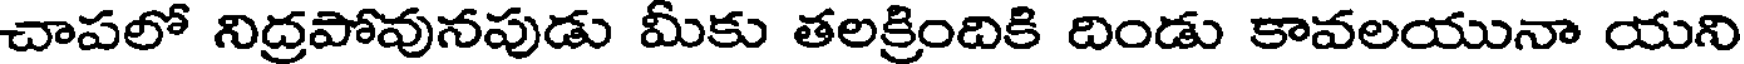
చాపలో నిద్రపోవునపుడు మీకు తలక్రిందికి దిండు కావలయునా యని